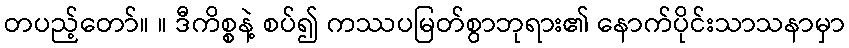
တပည့်တော်။ ။ ဒီကိစ္စနဲ့ စပ်၍ ကဿပမြတ်စွာဘုရား၏ နောက်ပိုင်းသာသနာမှာ